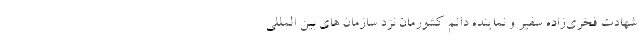
شهادت فخری‌زاده سفیر و نماینده دائم کشورمان نزد سازمان های بین المللی